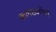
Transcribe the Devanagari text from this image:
कलसकोपी